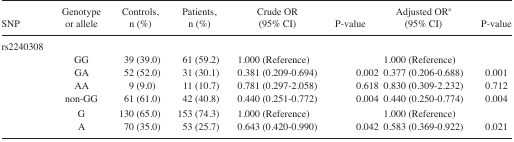
<table><thead><tr><td><b>SNP</b></td><td><b>Genotype or allele</b></td><td><b>Controls, n (%)</b></td><td><b>Patients, n (%)</b></td><td><b>Crude OR (95% CI)</b></td><td><b>P-value</b></td><td><b>Adjusted ORa (95% CI)</b></td><td><b>P-value</b></td></tr></thead><tbody><tr><td colspan="8">rs2240308</td></tr><tr><td></td><td>GG</td><td>39 (39.0)</td><td>61 (59.2)</td><td>1.000 (Reference)</td><td></td><td>1.000 (Reference)</td><td></td></tr><tr><td></td><td>GA</td><td>52 (52.0)</td><td>31 (30.1)</td><td>0.381 (0.209–0.694)</td><td>0.002</td><td>0.377 (0.206–0.688)</td><td>0.001</td></tr><tr><td></td><td>AA</td><td>9 (9.0)</td><td>11 (10.7)</td><td>0.781 (0.297–2.058)</td><td>0.618</td><td>0.830 (0.309–2.232)</td><td>0.712</td></tr><tr><td></td><td>non-GG</td><td>61 (61.0)</td><td>42 (40.8)</td><td>0.440 (0.251–0.772)</td><td>0.004</td><td>0.440 (0.250–0.774)</td><td>0.004</td></tr><tr><td></td><td>G</td><td>130 (65.0)</td><td>153 (74.3)</td><td>1.000 (Reference)</td><td></td><td>1.000 (Reference)</td><td></td></tr><tr><td></td><td>A</td><td>70 (35.0)</td><td>53 (25.7)</td><td>0.643 (0.420–0.990)</td><td>0.042</td><td>0.583 (0.369–0.922)</td><td>0.021</td></tr></tbody></table>